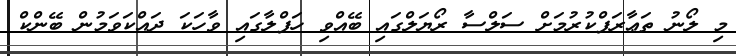
މި ލޯނު ތަޢާރަފްކުރުމަށް ސަލްސާ ރޯޔަލްގައި ބޭއްވި ހަފްލާގައި ވާހަކަ ދައްކަވަމުން ބޭންކް